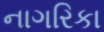
નાગરિકા